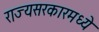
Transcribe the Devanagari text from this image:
राज्यसरकारमध्ये